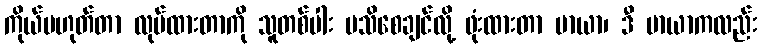
ကိုယ်မဟုတ်တာ လုပ်ထားတာကို သူတစ်ပါး မသိစေချင်လို့ ဖုံးထားတာ မာယာ၊ ဒီ မာယာကလည်း